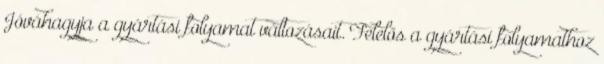
Jóváhagyja a gyártási folyamat változásait. Felelős a gyártási folyamathoz